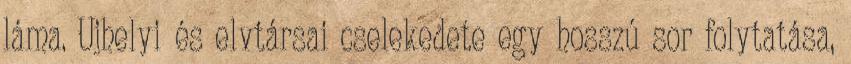
láma. Ujhelyi és elvtársai cselekedete egy hosszú sor folytatása,